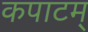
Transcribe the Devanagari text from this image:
कपाटम्